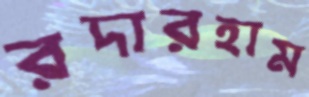
রদারহাম